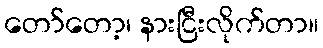
တော်တော့၊ နားငြီးလိုက်တာ။